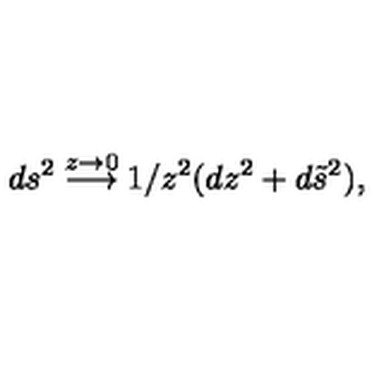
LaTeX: d s ^ { 2 } \stackrel { z \rightarrow 0 } { \longrightarrow } 1 / z ^ { 2 } ( d z ^ { 2 } + d \tilde { s } ^ { 2 } ) ,